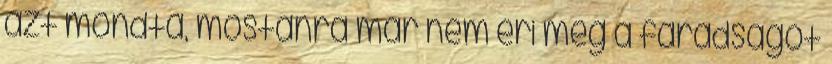
azt mondta, mostanra már nem éri meg a fáradságot